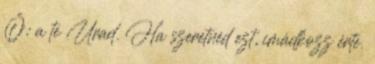
Ő: a te Urad. Ha szeretnéd ezt, imádkozz érte.